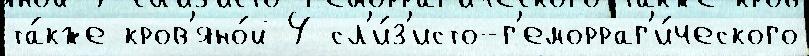
та́кже кров'яно́й 4 сл'и́з'исто-г'еморраг'и́ческого